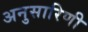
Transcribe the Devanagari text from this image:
अनुसारिणी